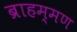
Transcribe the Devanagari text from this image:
ब्राहम्मण